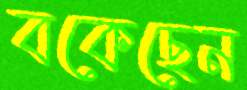
বকেছেন